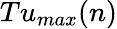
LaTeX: Tu_{max}(n)